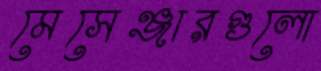
মেসেঞ্জারগুলো